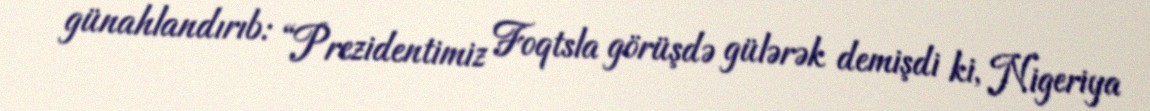
günahlandırıb: “Prezidentimiz Foqtsla görüşdə gülərək demişdi ki, Nigeriya